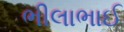
ભીલાભાઈ